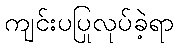
ကျင်းပပြုလုပ်ခဲ့ရာ